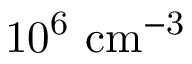
\mathrm { { 1 0 ^ { 6 } \ c m ^ { - 3 } } }